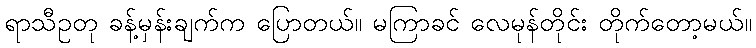
ရာသီဥတု ခန့်မှန်းချက်က ပြောတယ်။ မကြာခင် လေမုန်တိုင်း တိုက်တော့မယ်။